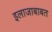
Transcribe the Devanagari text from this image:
इलाजाबाबत